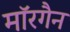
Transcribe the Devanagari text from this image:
मॉरगैन